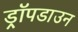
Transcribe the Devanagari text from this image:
ड्रॉपडाउन